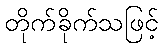
တိုက်ခိုက်သဖြင့်